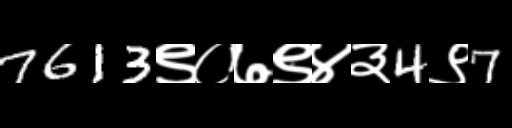
Text: 7613९०७९४३4९7